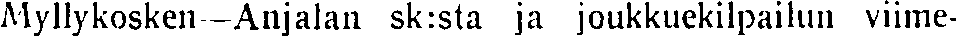
Myllykosken—Anjalan sk:sta ja joukkuekilpailun viime-